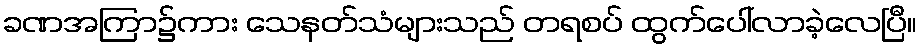
ခဏအကြာ၌ကား သေနတ်သံများသည် တရစပ် ထွက်ပေါ်လာခဲ့လေပြီ။